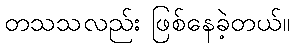
တသသလည်း ဖြစ်နေခဲ့တယ်။